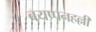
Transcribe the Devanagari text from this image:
बयप्पनहल्ली